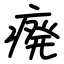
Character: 㾱